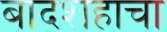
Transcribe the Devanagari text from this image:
बादशहाचा